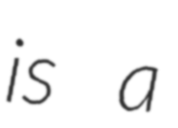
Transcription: is a